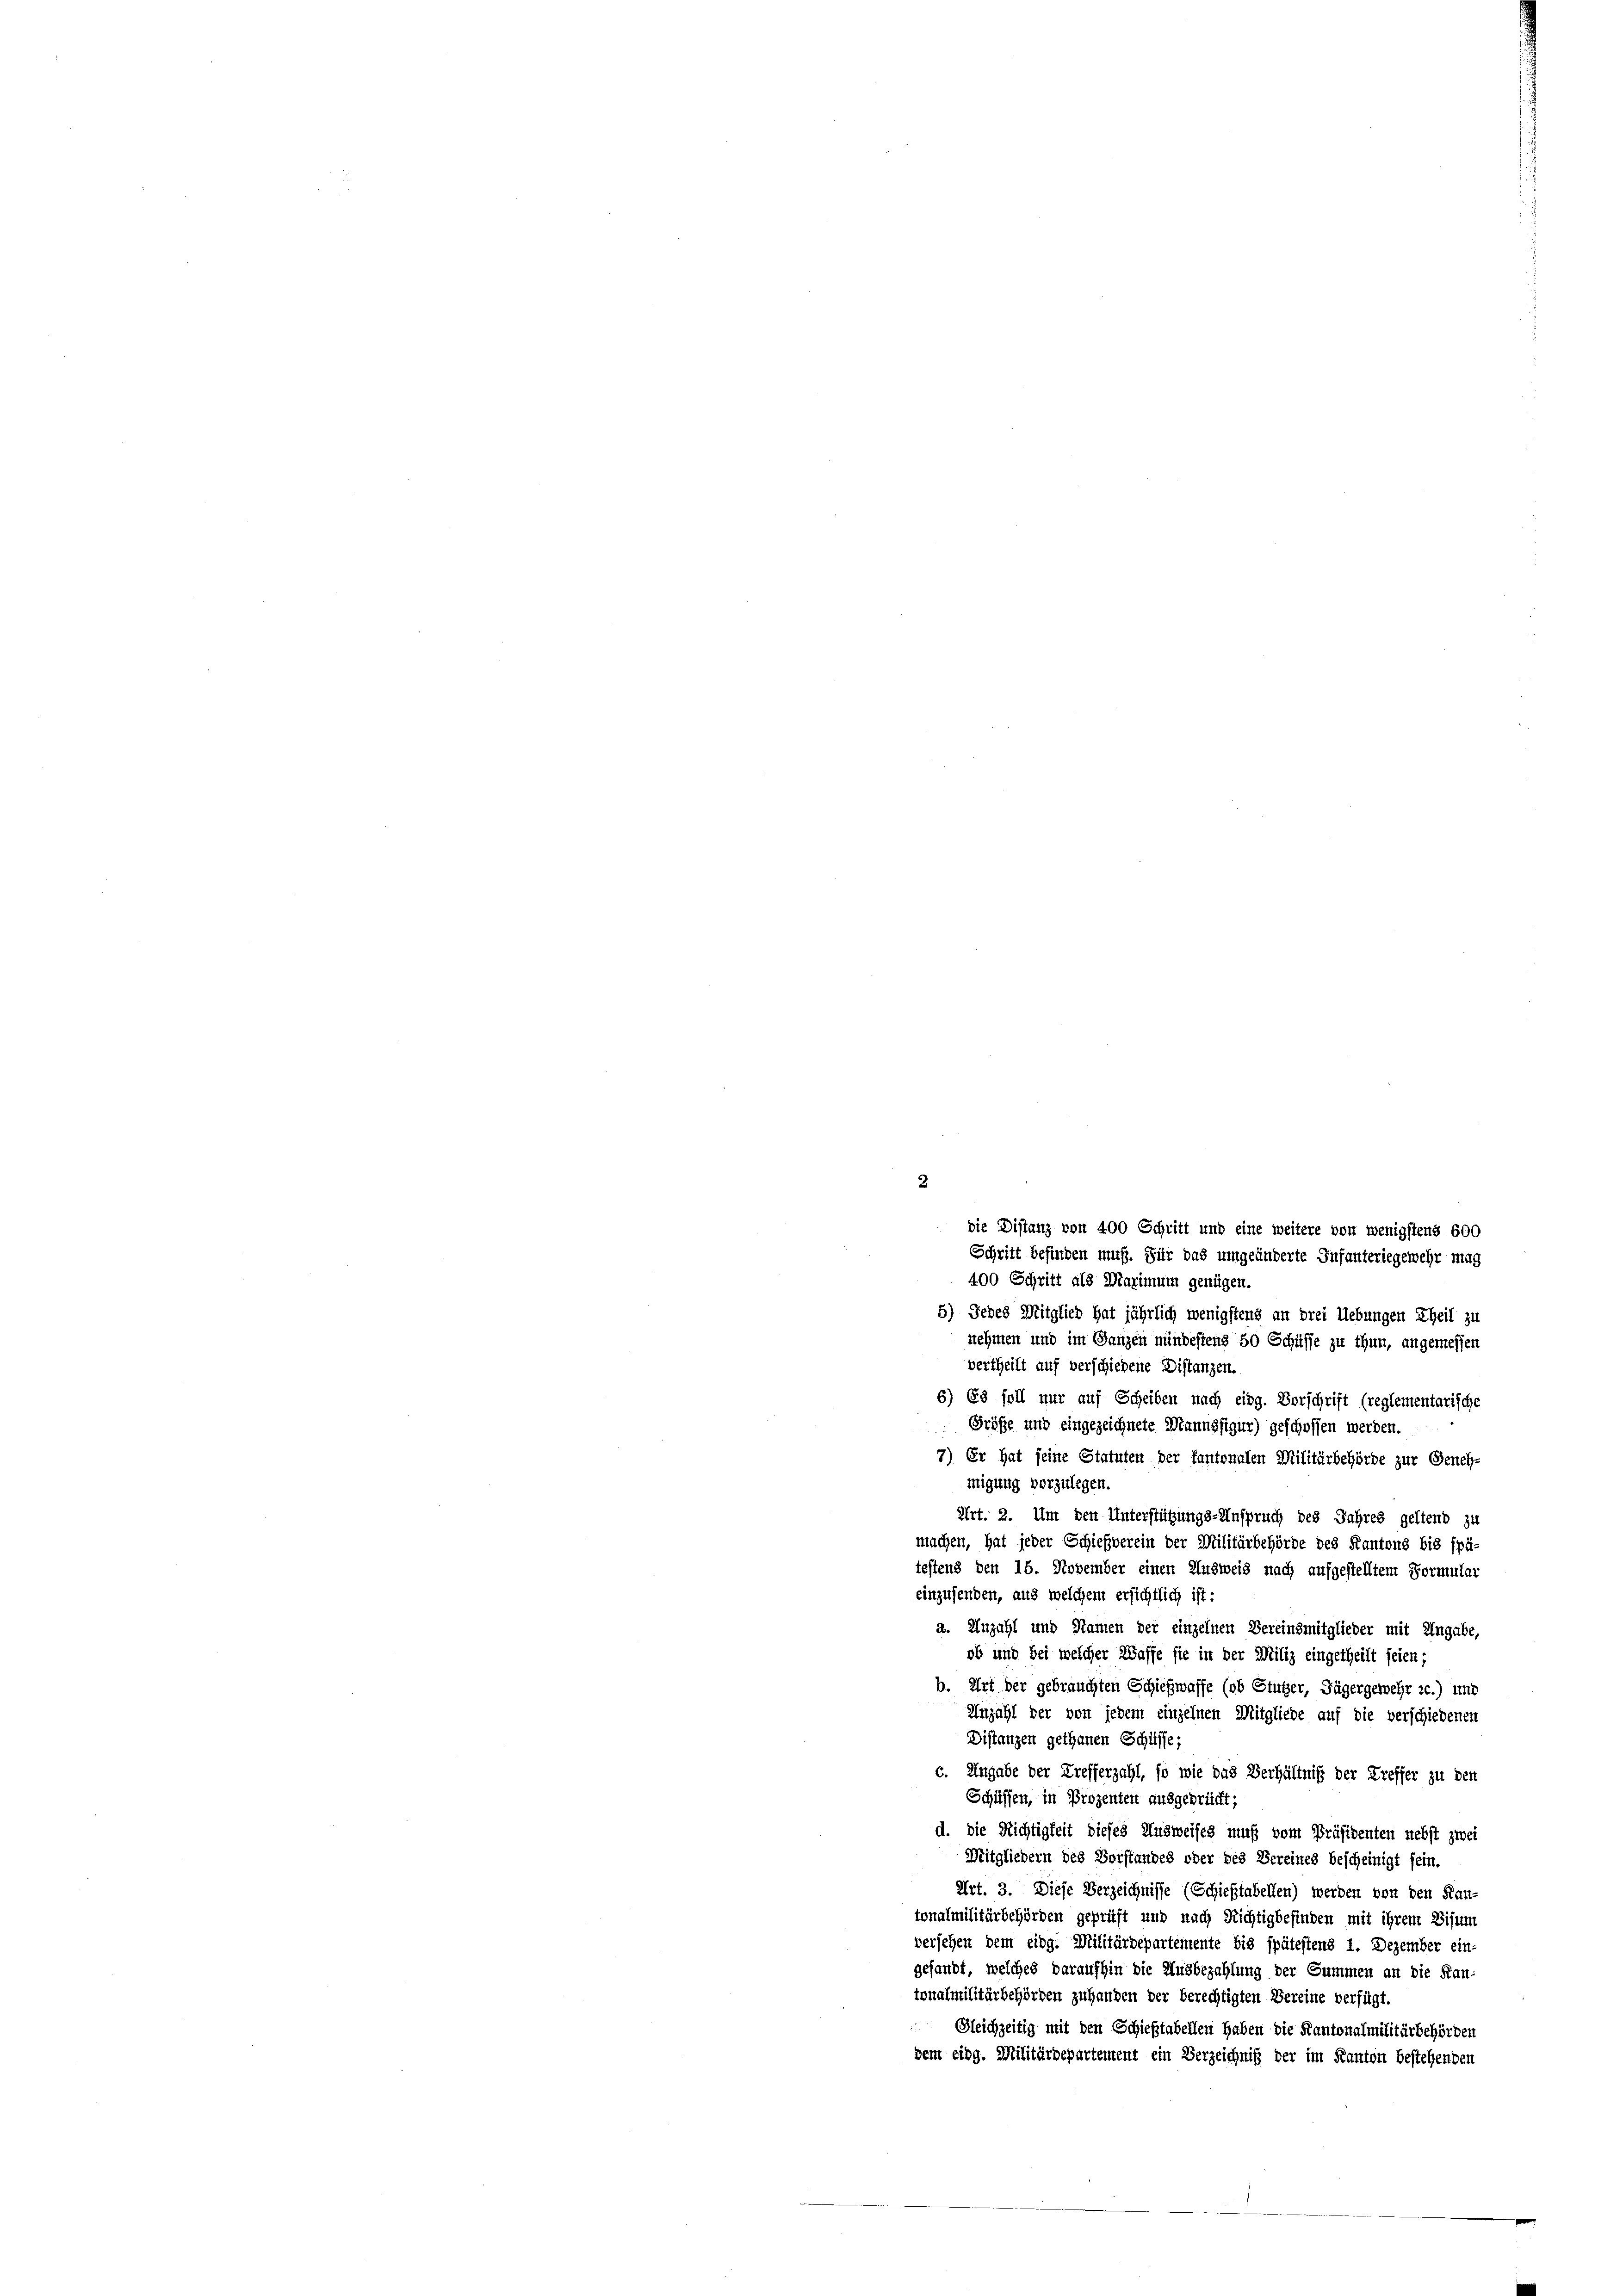
2

Schrift befinden muß. Für das umgeänderte Infanteriegewehr mag
400 Schrift als Marimum genügen.
5) Jedes Mitglied hat jährlich wenigstens an drei Uebungen Theil zu
nehmen und im Ganzen mindestens 50 Schüsse zu thun, angemessen
vertheilt auf verschiedene Distanzen.
6) Es soll nur auf Scheiben nach eidg. Vorschrift (reglementarische
Größe und eingezeichnete Mannsfigur) geschoffen werden.
7) Er hat seine Statuten der fantonalen Militärbehörde zur Geneh-
migung vorzulegen.
Art. 2. Um den Unterstützungs-Anspruch des Jahres geltend zu
machen, hat jeder Schießverein der Militärbehörde des Kantons bis spä-
testens den 15. November einen Ausweis nach aufgestelltem Formular
einzusenden, aus welchem ersichtlich ist:
a. Anzahl und Namen der einzelnen Vereinsmitglieder mit Ungabe,
ob und bei welcher Waffe sie in der Miliz eingetheilt seien;
b. Art der gebrauchten Schießwaffe (ob Stuber, Jägergewehr zc.) und
Anzahl der von jedem einzelnen Mitgliede auf die verschiedenen
Distanzen gethanen Schüsse;
c. Angabe der Trefferzahl, so wie das Verhältniß der Treffer zu den
Schüssen, in Prozenten ausgebracht;
d. Die Richtigkeit dieses Unzweises muß vom Präsidenten nebst zwei
Mitgliedern des Vorstandes oder des Vereines bescheinigt sein,
Art. 3. Diese Verzeichnisse (Schießstabellen) werden von den Kan-
tonalmilitärbehörden geprüft und nach Richtigbefinden mit ihrem Visum
versehen dem eidg. Militärdepartemente bis spätestens 1. Dezember ein-
gesandt, welches daraufhin die Ausbezahlung der Summen an die Kan-
tonalmilitärbehörden zuhanden der berechtigten Bereine verfügt.
 Gleichzeitig mit den Schießstabellen haben die Kantonalmilitärbehörden
dem eidg. Militärdepartement ein Verzeichniß der im Kanton bestehenden

die Distanz von 400 Schritt und eine weitere von wenigstens 600